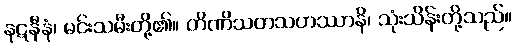
နဋနီနံ၊ မင်းသမီးတို့၏။ တိဏိသတသဟဿာနိ၊ သုံးသိန်းတို့သည်။